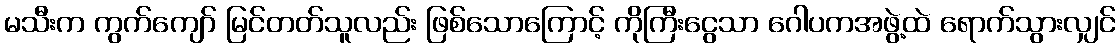
မသီးက ကွက်ကျော် မြင်တတ်သူလည်း ဖြစ်သောကြောင့် ကိုကြီးငွေသာ ဂေါပကအဖွဲ့ထဲ ရောက်သွားလျှင်